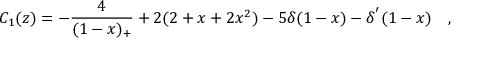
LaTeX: C _ { 1 } ( z ) = - \frac { 4 } { ( 1 - x ) _ { + } } + 2 ( 2 + x + 2 x ^ { 2 } ) - 5 \delta ( 1 - x ) - \delta ^ { ' } ( 1 - x ) ~ ~ ~ ,